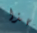
بهذا